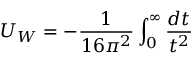
U _ { W } = - \frac { 1 } { 1 6 \pi ^ { 2 } } \int _ { 0 } ^ { \infty } \frac { d t } { t ^ { 2 } }